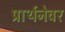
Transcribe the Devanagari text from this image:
प्रार्थनेवर